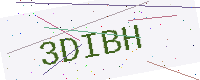
Text: 3DIBH